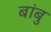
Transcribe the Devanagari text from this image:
बांबु